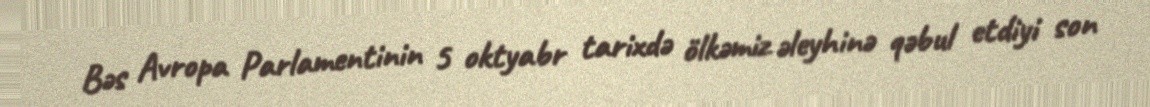
Bəs Avropa Parlamentinin 5 oktyabr tarixdə ölkəmiz əleyhinə qəbul etdiyi son